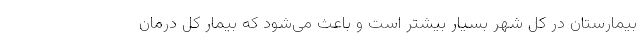
بیمارستان در کل شهر بسیار بیشتر است و باعث می‌شود که بیمار کل درمان